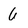
Character: 6